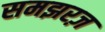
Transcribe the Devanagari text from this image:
समझरज़